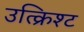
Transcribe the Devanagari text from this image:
उत्क्रिश्ट